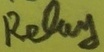
Text: Relay